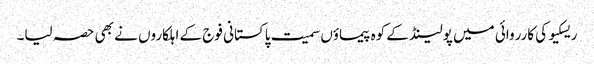
ریسکیو کی کارروائی میں پولینڈ کے کوہ پیماؤں سمیت پاکستانی فوج کے اہلکاروں نے بھی حصہ لیا۔